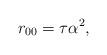
LaTeX: \begin{align*}r_{00}=\tau \alpha^2,\end{align*}